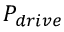
P _ { d r i v e }